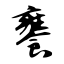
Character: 饔